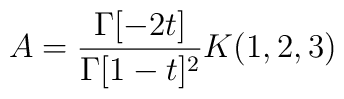
A =  \frac{\Gamma[-2t]}{\Gamma[1-t]^2}K(1, 2, 3)